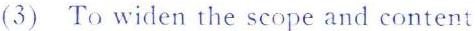
(3) To widen the scope and content